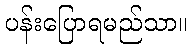
ပန်းပြောရမည်သာ။